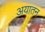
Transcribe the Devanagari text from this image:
अयातन